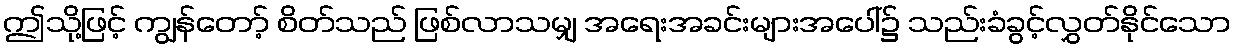
ဤသို့ဖြင့် ကျွန်တော့် စိတ်သည် ဖြစ်လာသမျှ အရေးအခင်းများအပေါ်၌ သည်းခံခွင့်လွှတ်နိုင်သော